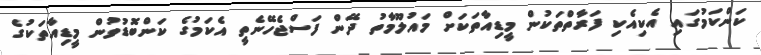
ކަންކަމުގައި އެކިއެކި ފަރާތްތަކުން މީޑިއާތަކަށް މައުލޫމާތު ދޭން ފަސްޖެހޭނެތީ އެކަމުގެ ކަންބޮޑުވުން މީޑިއާތަކުގެ